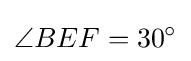
\angle {BEF}=30^{\circ }